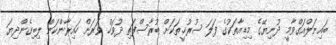
ބައިނަލްއަގްވާމީ ދުނިޔޭގެ މިޑިއާތަކުގެ ފަލަ ސުރުޚީތަކަށް ބުރާސްފަތި ދުވަހު ވަރަށް ހައިރާންކަން ލިބިގެންދިޔަ